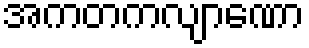
အကတကလျာဏော